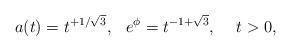
LaTeX: \begin{align*}a(t) = t^{+ 1/\sqrt 3}, \hskip0.3cm e^\phi = t^{-1 + \sqrt 3}, \hskip0.5cm t > 0,\end{align*}